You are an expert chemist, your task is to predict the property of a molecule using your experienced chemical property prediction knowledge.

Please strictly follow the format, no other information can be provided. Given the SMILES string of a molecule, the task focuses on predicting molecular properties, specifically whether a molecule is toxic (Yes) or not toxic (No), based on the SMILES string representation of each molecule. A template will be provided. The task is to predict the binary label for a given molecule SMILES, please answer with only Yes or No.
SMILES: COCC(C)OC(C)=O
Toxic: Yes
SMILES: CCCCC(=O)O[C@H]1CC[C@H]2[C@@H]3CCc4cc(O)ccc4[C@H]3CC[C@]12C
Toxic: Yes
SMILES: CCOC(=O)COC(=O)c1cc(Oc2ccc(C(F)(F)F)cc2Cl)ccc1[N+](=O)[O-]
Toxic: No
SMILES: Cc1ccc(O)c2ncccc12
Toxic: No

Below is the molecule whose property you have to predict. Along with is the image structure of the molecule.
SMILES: O=C1CC[C@H](C(=O)N2CCCCC2)N1
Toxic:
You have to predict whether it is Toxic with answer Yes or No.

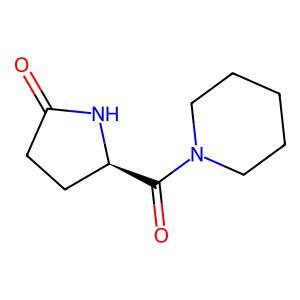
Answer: No